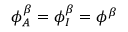
\phi _ { A } ^ { \beta } = \phi _ { I } ^ { \beta } = \phi ^ { \beta }